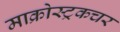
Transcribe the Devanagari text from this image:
माक्रोस्ट्रकचर